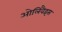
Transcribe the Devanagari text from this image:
ओलिवैइस